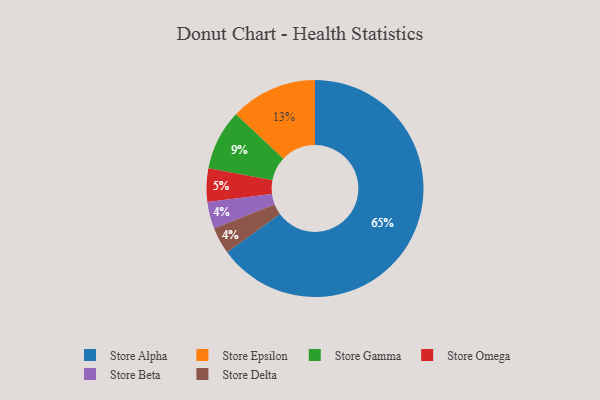
{"axis": {"x": "Category", "y": "Percentage"}, "legend": ["Store Alpha", "Store Beta", "Store Delta", "Store Epsilon", "Store Gamma", "Store Omega"], "data": [{"x": "Store Omega", "y": 5, "type": "Store Omega"}, {"x": "Store Epsilon", "y": 13, "type": "Store Epsilon"}, {"x": "Store Gamma", "y": 9, "type": "Store Gamma"}, {"x": "Store Alpha", "y": 65, "type": "Store Alpha"}, {"x": "Store Beta", "y": 4, "type": "Store Beta"}, {"x": "Store Delta", "y": 4, "type": "Store Delta"}]}